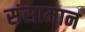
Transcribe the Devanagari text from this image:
संसामान